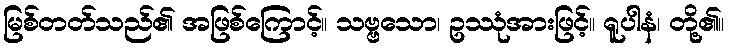
မြစ်တတ်သည်၏ အဖြစ်ကြောင့်။ သဗ္ဗသော၊ ဥဿုံအားဖြင့်။ ရူပါနံ၊ တို့၏။